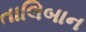
તાલિબાન